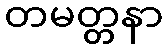
တမတ္တနာ